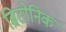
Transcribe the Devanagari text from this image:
ब्रिटोनिक